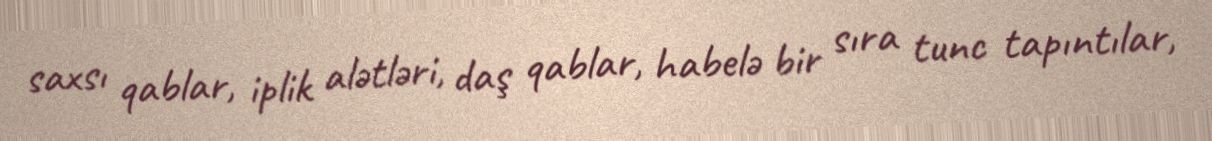
saxsı qablar, iplik alətləri, daş qablar, habelə bir sıra tunc tapıntılar,